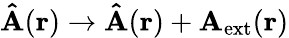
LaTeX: \mathbf{\hat{A}}(\mathbf{r})\rightarrow\mathbf{\hat{A}}(\mathbf{r})+\mathbf{A}_{\mathrm{ext}}(\mathbf{r})